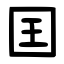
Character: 囯